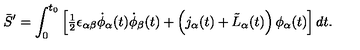
\bar { S } ^ { \prime } = \int _ { 0 } ^ { t _ { 0 } } \left[ { \textstyle { \frac { 1 } { 2 } } } \epsilon _ { \alpha \beta } \dot { \phi } _ { \alpha } ( t ) \dot { \phi } _ { \beta } ( t ) + \left( j _ { \alpha } ( t ) + \tilde { L } _ { \alpha } ( t ) \right) \phi _ { \alpha } ( t ) \right] d t .